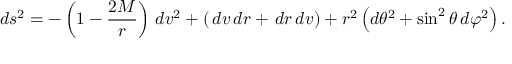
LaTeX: d s ^ { 2 } = - \left( 1 - { \frac { 2 M } { r } } \right) \, d v ^ { 2 } + ( \, d v \, d r + \, d r \, d v ) + r ^ { 2 } \left( d \theta ^ { 2 } + \sin ^ { 2 } \theta \, d \varphi ^ { 2 } \right) .